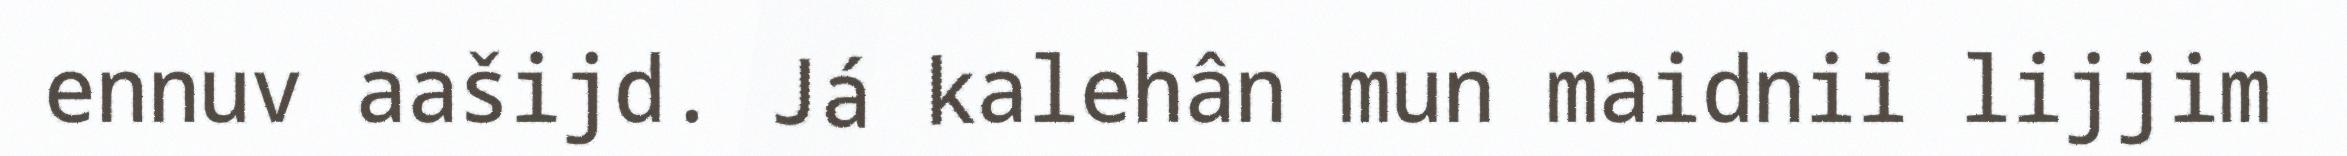
ennuv aašijd. Já kalehân mun maidnii lijjim